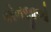
એનજીઓ